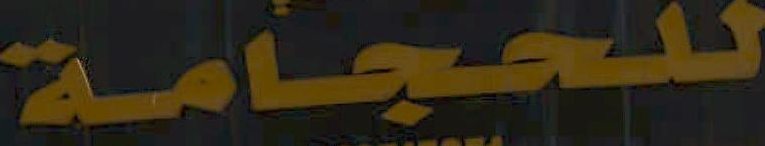
للحجامة